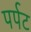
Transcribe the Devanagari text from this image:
पर्पट